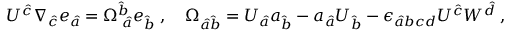
U ^ { \hat { c } } \nabla _ { \hat { c } } e _ { \hat { a } } = { \Omega } _ { \; \hat { a } } ^ { \hat { b } } e _ { \hat { b } } \; , \quad { \Omega } _ { \hat { a } \hat { b } } = U _ { \hat { a } } a _ { \hat { b } } - a _ { \hat { a } } U _ { \hat { b } } - { \epsilon } _ { \hat { a } b c d } U ^ { \hat { c } } W ^ { \hat { d } } \; ,